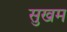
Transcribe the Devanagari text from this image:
सुखम